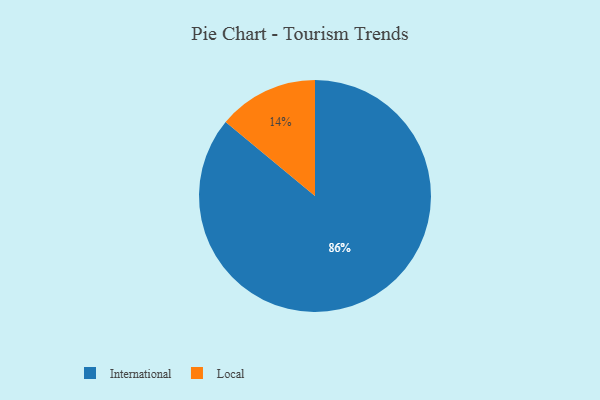
{"axis": {"x": "Category", "y": "Percentage"}, "legend": ["International", "Local"], "data": [{"x": "International", "y": 86, "type": "International"}, {"x": "Local", "y": 14, "type": "Local"}]}